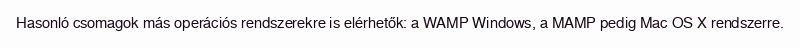
Hasonló csomagok más operációs rendszerekre is elérhetők: a WAMP Windows, a MAMP pedig Mac OS X rendszerre.